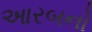
આરબનો